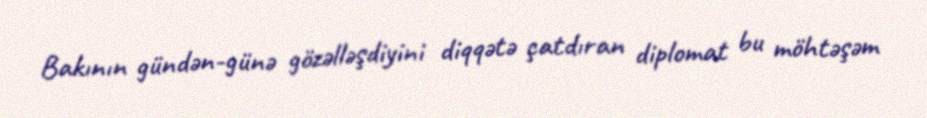
Bakının gündən-günə gözəlləşdiyini diqqətə çatdıran diplomat bu möhtəşəm